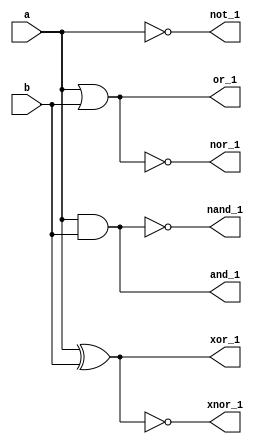
`timescale 1ns / 1ps



module logic_behavioural(a,b,and_1,or_1,nand_1,nor_1,not_1,xor_1,xnor_1);
input a,b;
output reg and_1,or_1,nand_1,nor_1,not_1,xor_1,xnor_1;
always@(*)
begin
and_1 = a&b;
or_1 = a|b;
nand_1 = ~(a&b);
nor_1 = ~(a|b);
not_1 = ~a;
xor_1 = a^b;
xnor_1 = ~(a^b);
end
endmodule